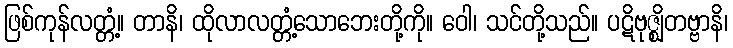
ဖြစ်ကုန်လတ္တံ့။ တာနိ၊ ထိုလာလတ္တံ့သောဘေးတို့ကို။ ဝေါ၊ သင်တို့သည်။ ပဋိဗုဇ္ဈိတဗ္ဗာနိ၊